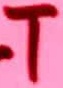
Text: T